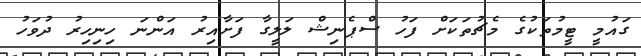
ގައުމީ ޓީމުތަކުގެ މެޗުތަކަށް ފަހު ސްޕެނިޝް ލަލީގާ ފަށާއިރު އަންނަ ހިނިހިރު ދުވަހު